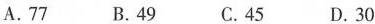
A.77 B. 49 C.45 D.30